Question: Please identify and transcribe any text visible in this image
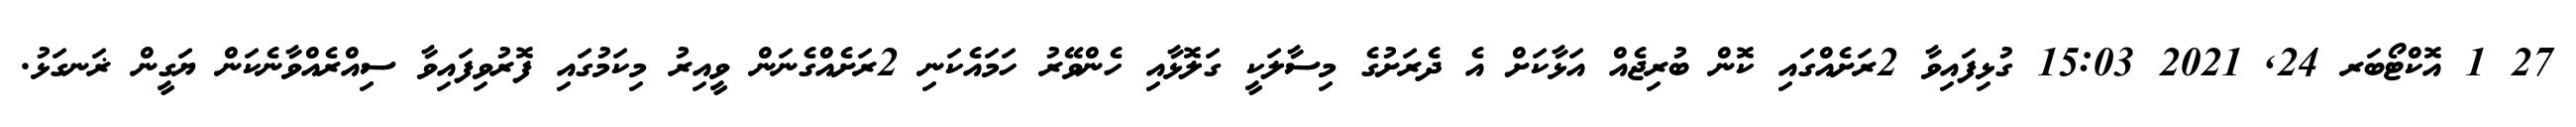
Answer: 27 1 އޮކްޓޯބަރ 24, 2021 15:03 ގުޅިފައިވާ 2ރަށެއްގައި ކޮން ބުރިޖެއް އަޅާކަށް އެ ދެރަށުގެ މިސާލަކީ ގަލޮޅާއި ހެންވޭރު ހަމައެކަނި 2ރަށެއްގެނަން ވީއިރު މިކަމުގައި ފޮރުވިފައިވާ ސިއްރެއްވާނެކަން ޔަގީން ޜަނގަޅު.